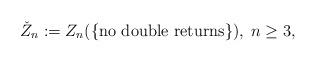
LaTeX: \begin{align*}\check{Z}_n:=Z_n(\{\mbox{no double returns} \}), \; n\geq 3,\end{align*}